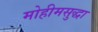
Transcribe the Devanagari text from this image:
मोहीमसुद्धा